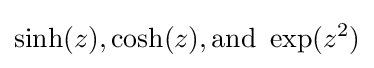
\sinh(z),\cosh(z),{\text{and }}\exp(z^{2})